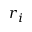
r _ { i }